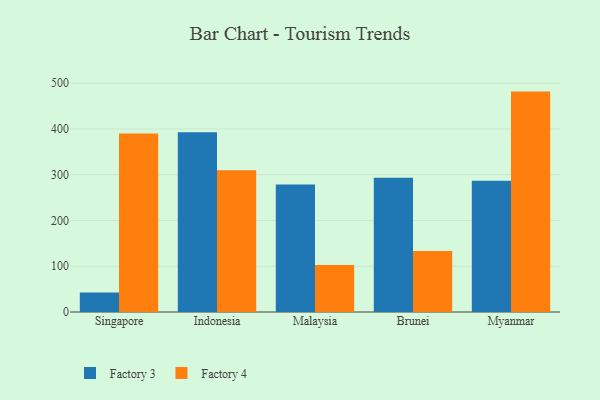
{"axis": {"x": "Country", "y": "Conversion Rate (%)"}, "legend": ["Factory 3", "Factory 4"], "data": [{"x": "Singapore", "y": 42.7, "type": "Factory 3"}, {"x": "Singapore", "y": 389.8, "type": "Factory 4"}, {"x": "Indonesia", "y": 392.8, "type": "Factory 3"}, {"x": "Indonesia", "y": 309.5, "type": "Factory 4"}, {"x": "Malaysia", "y": 278.7, "type": "Factory 3"}, {"x": "Malaysia", "y": 102.5, "type": "Factory 4"}, {"x": "Brunei", "y": 293.5, "type": "Factory 3"}, {"x": "Brunei", "y": 133.4, "type": "Factory 4"}, {"x": "Myanmar", "y": 286.6, "type": "Factory 3"}, {"x": "Myanmar", "y": 481.6, "type": "Factory 4"}]}